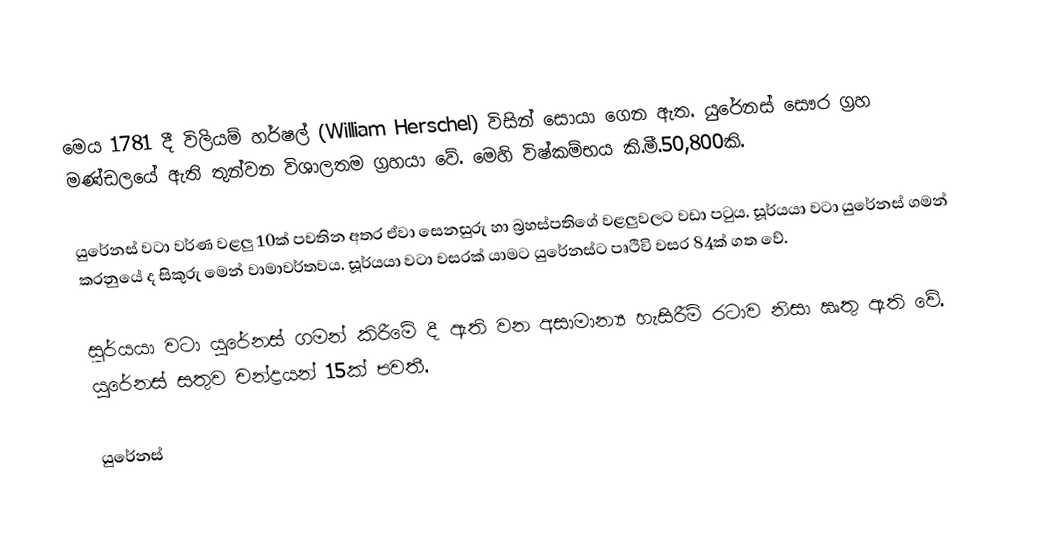
මෙය 1781 දී විලියම් හර්ෂල් (William Herschel) විසින් සොයා ගෙන ඇත. යුරේනස් සෞර ග්‍රහ මණ්ඩලයේ ඇති තුන්වන විශාලතම ග්‍රහයා වේ. මෙහි විෂ්කම්භය කි.මී.50,800කි.

යුරේනස් වටා වර්ණ වළලු 10ක් පවතින අතර ඒවා සෙනසුරු හා බ්‍රහස්පතිගේ වළලුවලට වඩා පටුය. සූර්යයා වටා යුරේනස් ගමන් කරනුයේ ද සිකුරු මෙන් වාමාවර්තවය. සූර්යයා වටා වසරක් යාමට යුරේනස්ට පෘථිවි වසර 84ක් ගත වේ.

සූර්යයා වටා යුරේනස් ගමන් කිරීමේ දී ඇති වන අසාමාන්‍ය හැසිරීම් රටාව නිසා ඍතු ඇති වේ. යුරේනස් සතුව චන්ද්‍රයන් 15ක් පවතී.

යුරේනස්